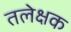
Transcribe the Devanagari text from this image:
तलेक्षक